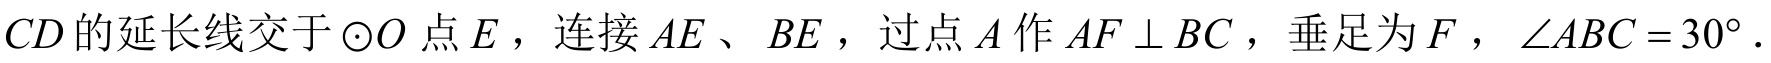
$CD的延长线交于\odot O点E，连接AE、BE，过点A作AF\perp BC，垂足为F，\angle ABC = 30^{\circ}.$